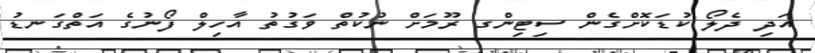
އަދި ދެލޯ ކުޑަކޮށްގެން ސިޓިންގ ރޫމަށް ނުކުތް ވަގުތު އާހިލް ފޯނުގެ އަތްގަނޑު